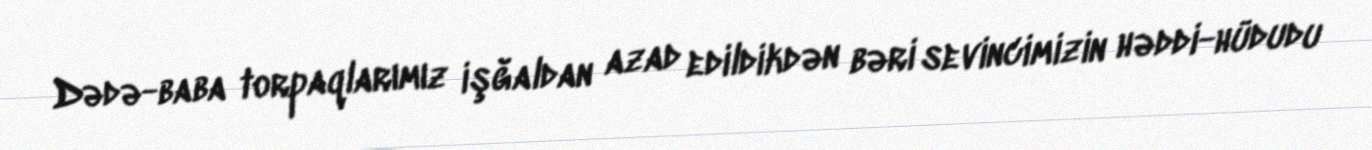
Dədə-baba torpaqlarımız işğaldan azad edildikdən bəri sevincimizin həddi-hüdudu